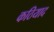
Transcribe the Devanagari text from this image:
कठियाद